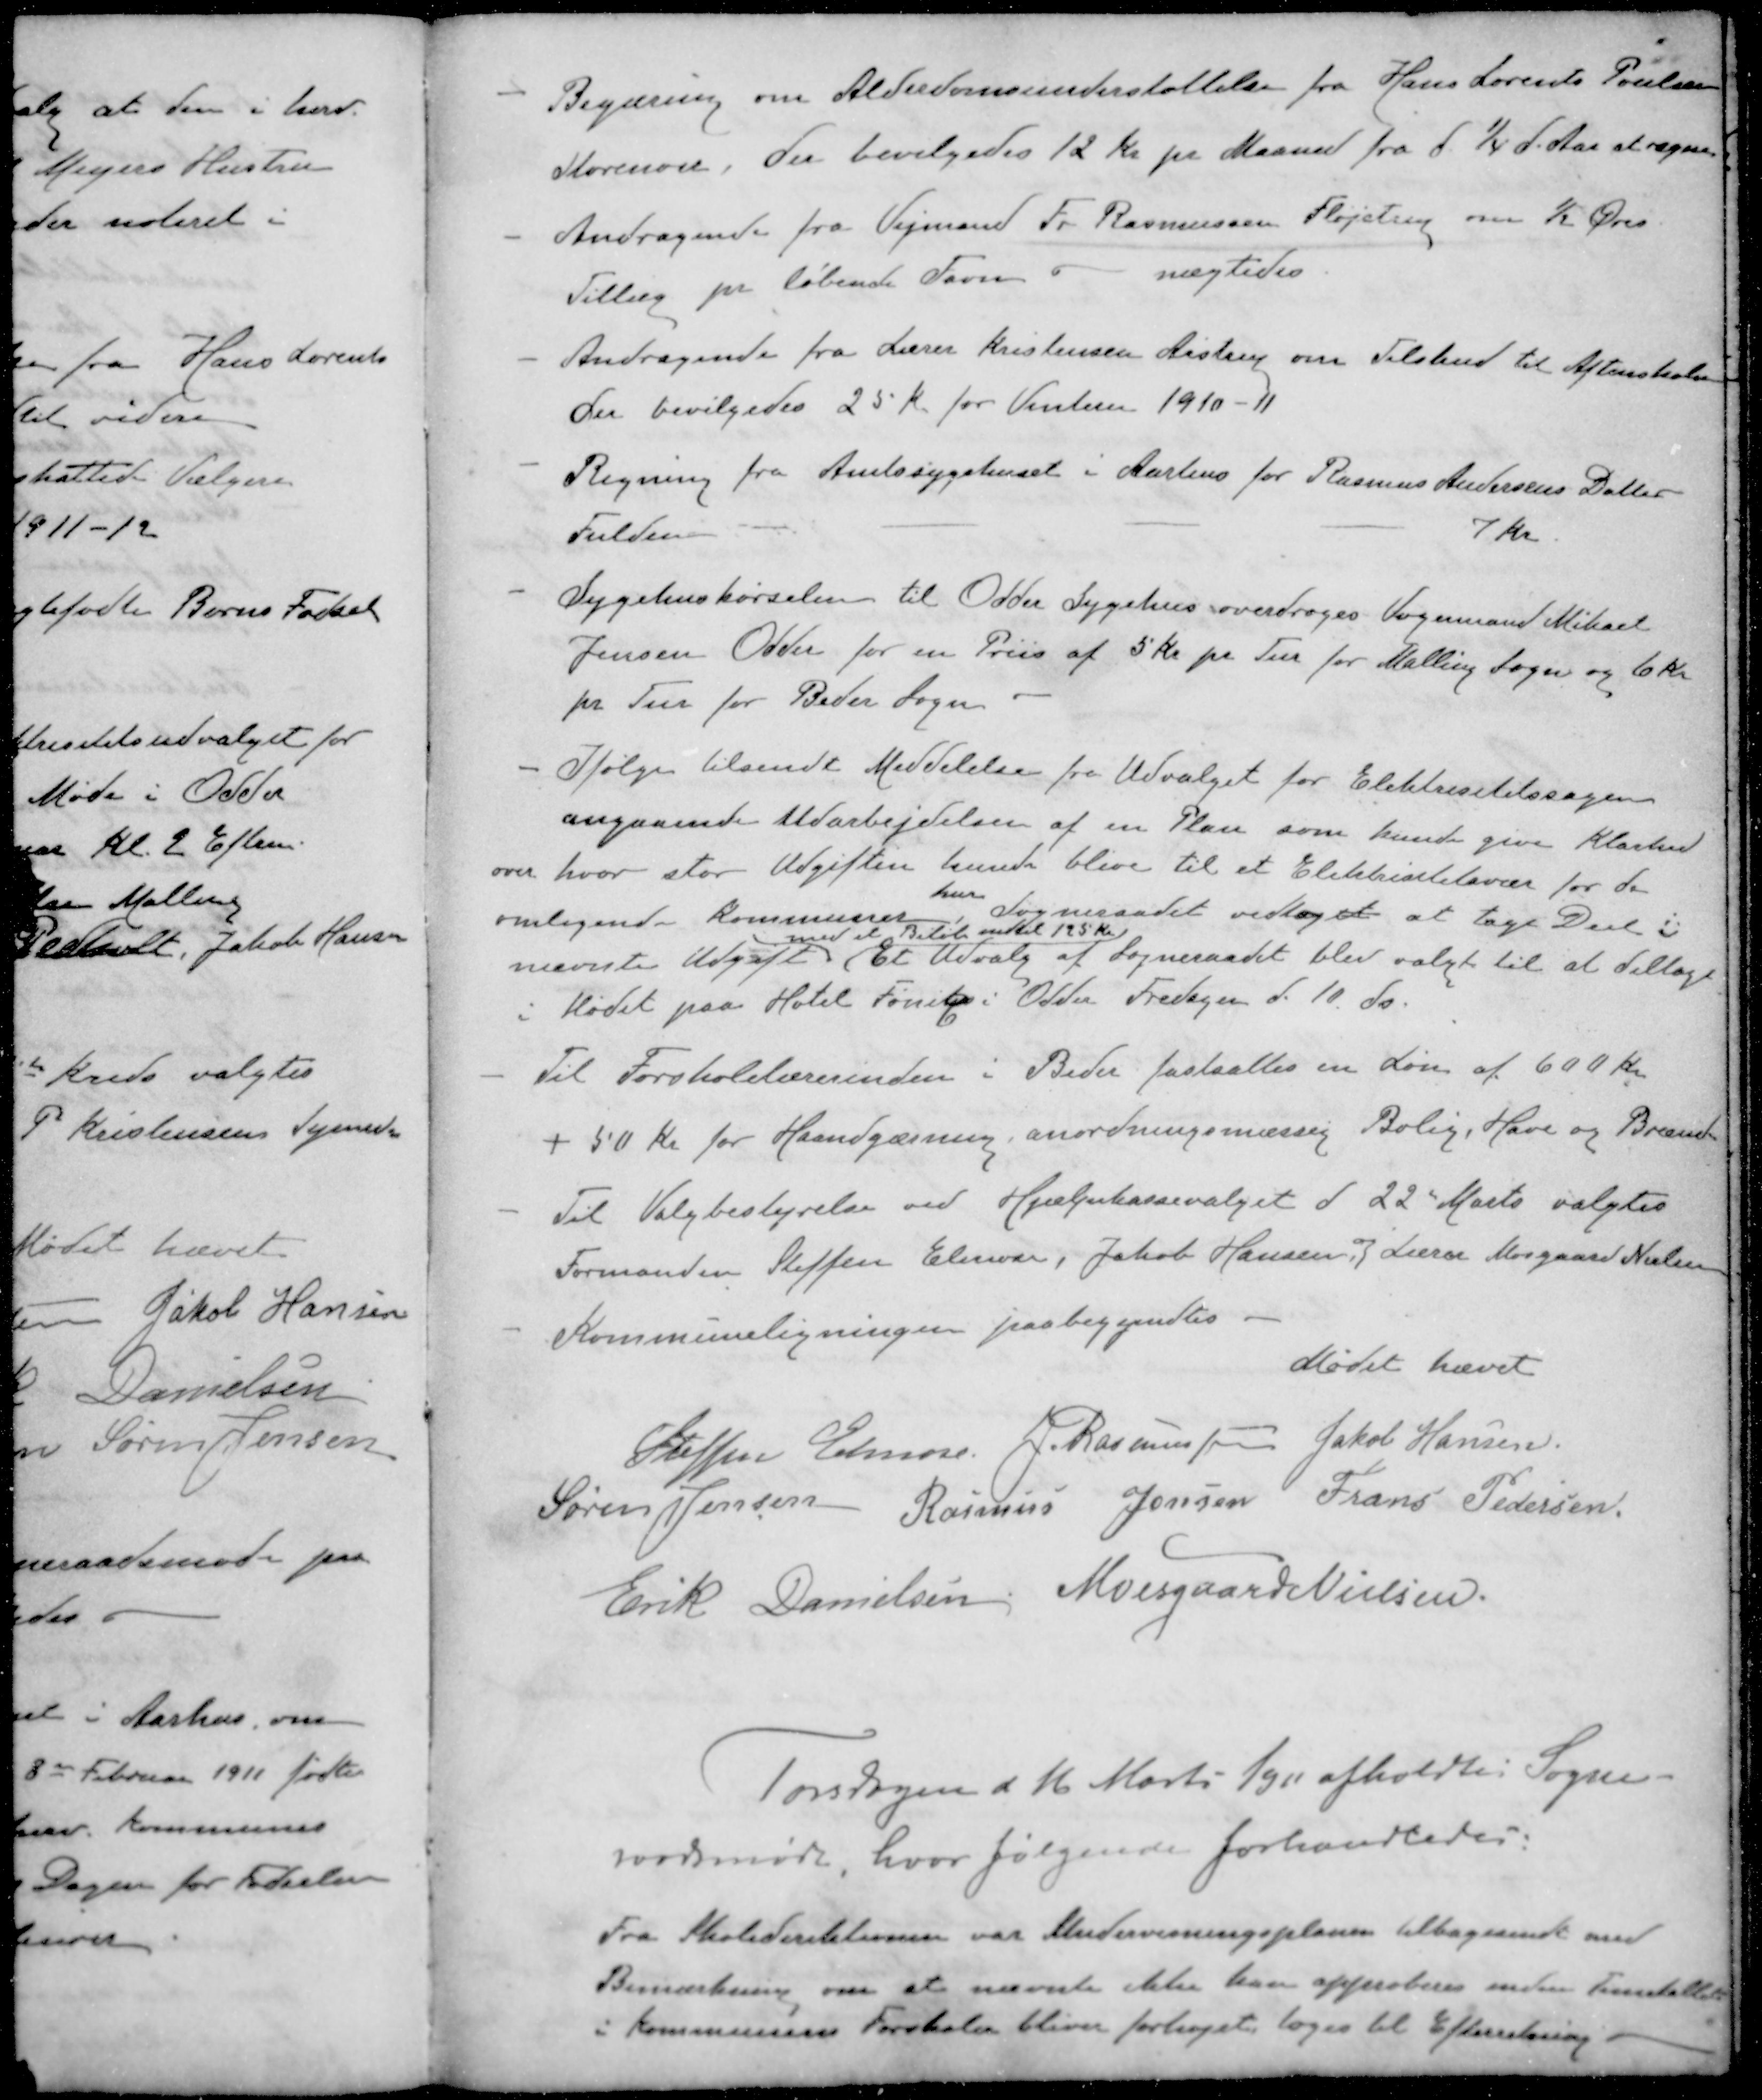
Transskription:
- Begæring om Alderdomsunderstøttelse fra Hans Lorents Poulsen
Storenor, der bevilgedes 12 Kr pr Maaned fra 1/4 d. Aar at regne
- Andragende fra Vejmand Fr. Rasmussen Fløjstrup om ½ Øres
Tillæg pr løbende Favn nægtedes
- Andragende fra Lærer Kristensen Aistrup om Tilskud til Aftenskolen
Der bevilgedes 25 Kr for Vinteren 1910-11
- Regning fra Amtssygehuset i Aarhus for Rasmus Andersens Datter
Fulden
7 Kr.
- Sygehuskørselen til Odder Sygehus overdroges Vognmand Mikael
Jensen Odder for en Priis af 5 Kr pr Tur for Malling Sogn og 6 Kr.
pr Tur for Beder Sogn
- Ifølge tilsendt Meddelelse fra Udvalget for Elektrisitetssagen
angaaende Udarbejdelsen af en Plan som kunde give Klarhed
over hvor stor Udgiften kunde blive til et Elektrisitetsvær for 
omligende Kommuner
har Sogneraadet vedtaget at tage Deel i
ved et Beløb indtil 125 Kr
nævnte Udgift Et Udvalg af Sogneraadet blev valgt til at delage
i Mødet paa Hotel Fønix i Odder Fredagen d. 10. ds.
- Til Forskolelærerinden i Beder fastsattes en Løn af 600 Kr.
+ 50 Kr for Haandgærning, anordningsmæssig Bolig, Have og Brænde
- Til Valgbestyrelse ved Hjælpekassevalget d 22 Marts valgtes
Formanden Steffen Elmose, Jakob Hansen, og Lærer Mosgaard Nielsen
- Kommuneligningen paabegyndtes
Mødet hævet
Steffen Elmose
J Rasmussen
Jakob Hansen
Søren Jensen
Rasmus Jensen
Frans Pedersen
Erik Danielsen
Moesgaard Nielsen
Torsdagen d 16 Marts 1911 afholdtes Sogne-
jordsmøde, hvor følgende forhandledes:
Fra Skoledirektionen var Undervisningsplanen tilbagesendt med
Bemærkning om at nævnte ikke kan approberes inden Timetalter
i Kommunens Forskole bliver forhøjet toges til Efterretning.